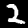
Digit: 2